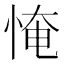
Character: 㤿